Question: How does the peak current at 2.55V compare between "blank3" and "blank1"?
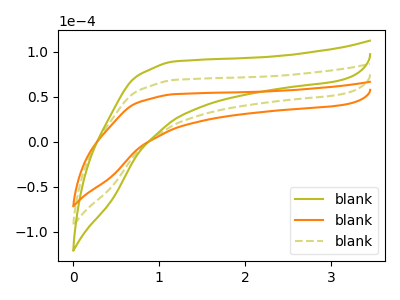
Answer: <think>The olive curve "blank1" has no peaks. The orange curve "blank2" has no peaks. The olive dashed curve "blank3" has no peaks.</think>
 <answer>"blank3" and "blank1" dont share a peak at 2.55V.</answer>
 <eval>mismatch</eval>